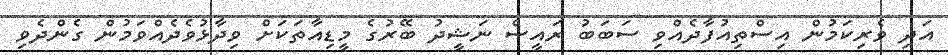
އަދި ވެރިކަމުން އިސްތިއުފާދެއްވި ސަބަބު ރައީސް ނަޝީދު ބޭރުގެ މީޑިއާތަކަށް ވިދާޅުވެދެއްވަމުން ގެންދެވި